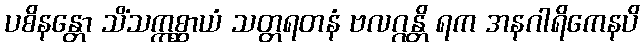
ပစိနန္တော သိံသဣစ္ဆာယံ သတ္တရတနံ ဗလဂ္ဂန္တိ ရက အနဂါရိကေနပိ